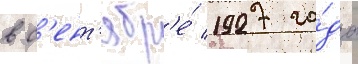
в с'ент'ябр'е́ 1927 го́да